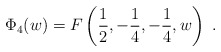
\begin{align*}\Phi_4(w)= F\left(\frac 12,-\frac 14,-\frac 14,w\right)\ .\end{align*}